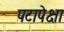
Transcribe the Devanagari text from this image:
पटापेक्षा